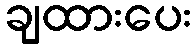
ချထားပေး